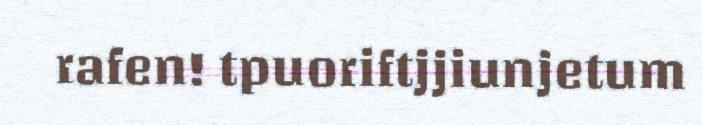
rafen! tpuoriftjjiunjetum